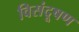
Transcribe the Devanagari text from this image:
विसंदूषण